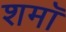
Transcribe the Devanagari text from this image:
शमॉ